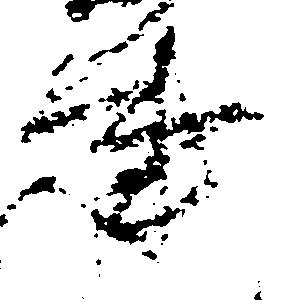
事